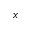
x